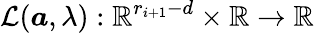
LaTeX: \mathcal{L}(\boldsymbol{a},\lambda):\mathbb{R}^{r_{i+1}-d}\times\mathbb{R}\rightarrow\mathbb{R}